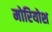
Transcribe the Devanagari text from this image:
मोरियोश